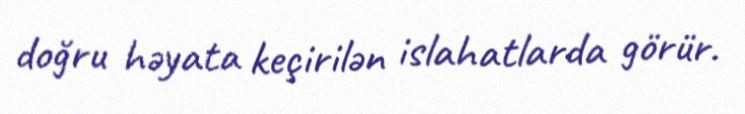
doğru həyata keçirilən islahatlarda görür.